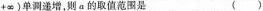
+ \infty)单调递增，则a的取值范围是 ()